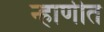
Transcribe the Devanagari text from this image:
न्हाणीत